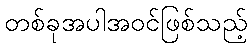
တစ်ခုအပါအဝင်ဖြစ်သည့်